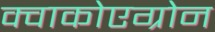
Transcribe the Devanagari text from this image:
क्वाकोएग्रोन